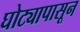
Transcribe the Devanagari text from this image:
घोट्यापासून